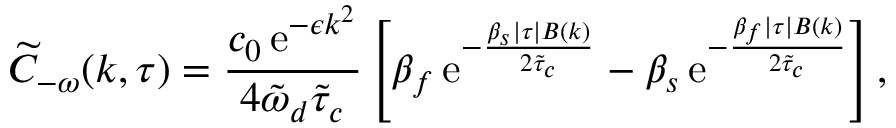
\widetilde { C } _ { - \omega } ( k , \tau ) = \frac { c _ { 0 } \, \mathrm { e } ^ { - \epsilon k ^ { 2 } } } { 4 \tilde { \omega } _ { d } \tilde { \tau } _ { c } } \left[ \beta _ { f } \, \mathrm { e } ^ { - \frac { \beta _ { s } \lvert \tau \rvert B ( k ) } { 2 \tilde { \tau } _ { c } } } - \beta _ { s } \, \mathrm { e } ^ { - \frac { \beta _ { f } \lvert \tau \rvert B ( k ) } { 2 \tilde { \tau } _ { c } } } \right] ,